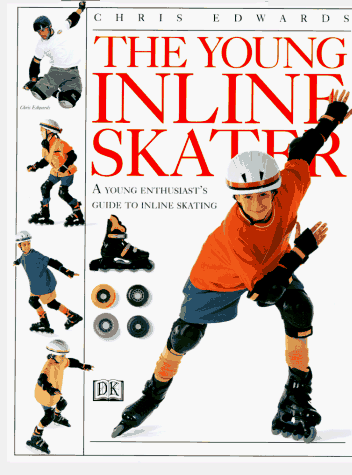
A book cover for The Young Inline Skater: A Young Enthusiast's Guide to Inline Skating; Chris Edwards; Sports & Outdoors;